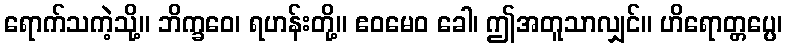
ရောက်သကဲ့သို့။ ဘိက္ခဝေ၊ ရဟန်းတို့။ ဧဝမေဝ ခေါ၊ ဤအတူသာလျှင်။ ဟိရောတ္တပ္ပေ၊